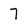
Character: 7